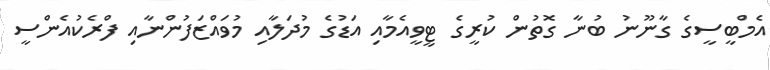
އެމްބީސީގެ ގާނޫނު ބުނާ ގޮތުން ކުރީގެ ޓީވީއެމާއި އަޑުގެ މުދަލާއި މުވައްޒަފުންނާއި ފްރެކުއެންސީ